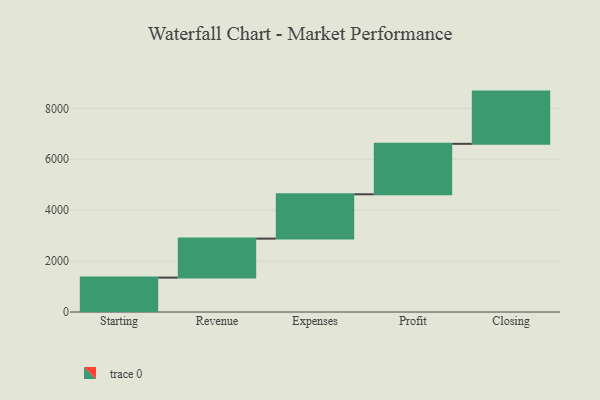
{"axis": {"x": "Step", "y": "Value"}, "legend": [""], "data": [{"x": "Starting", "y": 1351.0, "type": ""}, {"x": "Revenue", "y": 1531.0, "type": ""}, {"x": "Expenses", "y": 1741.0, "type": ""}, {"x": "Profit", "y": 1982.0, "type": ""}, {"x": "Closing", "y": 2051.0, "type": ""}]}